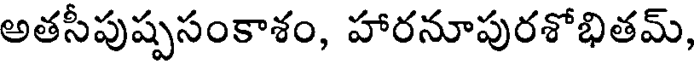
అతసీపుష్పసంకాశం, హారనూపురశోభితమ్,